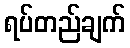
ရပ်တည်ချက်